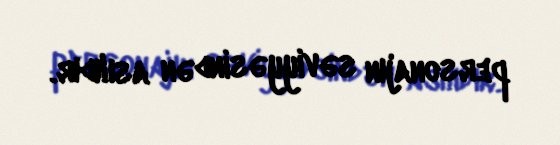
personajın səviyyəsindən asılıdır.